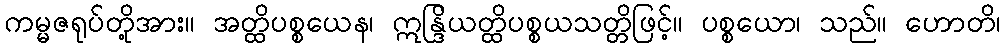
ကမ္မဇရုပ်တို့အား။ အတ္ထိပစ္စယေန၊ ဣန္ဒြိယတ္ထိပစ္စယသတ္တိဖြင့်။ ပစ္စယော၊ သည်။ ဟောတိ၊